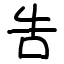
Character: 吿